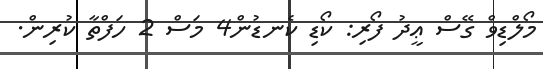
މޯލްޑިވް ގޭސް ޢީދު ފޯރި: ކޯޑި ކެނޑުން4 މަސް 2 ހަފްތާ ކުރިން.